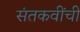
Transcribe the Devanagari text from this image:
संतकवींची